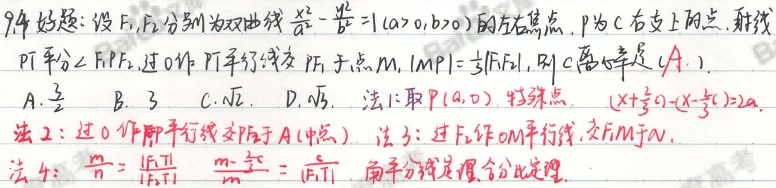
94. 好题：设\(F_1,F_2\)分别为双曲线\(\frac{x^{2}}{a^{2}}-\frac{y^{2}}{b^{2}} = 1\ (a>0,b>0)\)的左右焦点，\(P\)为双曲线\(C\)右支上一点，射线\(PI\)平分\(\angle F_1PF_2\)，过\(O\)作\(PI\)的平行线交\(PF_2\)于点\(M\)，\(|MP|=\frac{1}{3}|F_1F_2|\)，则双曲线\(C\)的离心率是\((A)\)。
A. \(\frac{3}{2}\)  B. \(3\)  C. \(\sqrt{2}\)  D. \(\sqrt{3}\)。
法1：取\(P(a,0)\)，特殊点。\((x + \frac{c}{3})-(x-\frac{c}{3}) = 2a\)
法2：过\(O\)作\(PI\)的平行线交\(PF_1\)于\(A\)（中点）。
法3：过\(F_2\)作\(OM\)的平行线，交\(F_1M\)于\(N\)。
法4：\(\frac{m}{n}=\frac{|F_1I|}{|F_2I|}\) ，\(\frac{m - \frac{2c}{3}}{n}=\frac{|F_1I|}{|F_2I|}\) ，角平分线定理，合比定理。